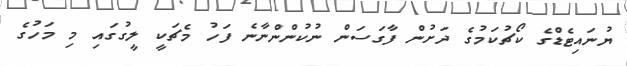
ޔުނައިޓެޑްގެ ކޯޗުކަމުގެ ދަށުން ފާގަސަން ނުކުންންނާނެ ފަހު މެޗަކީ ލީގުގައި މި މަހުގެ